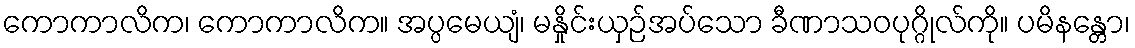
ကောကာလိက၊ ကောကာလိက။ အပ္ပမေယျံ၊ မနှိုင်းယှဉ်အပ်သော ခီဏာသဝပုဂ္ဂိုလ်ကို။ ပမိနန္တော၊